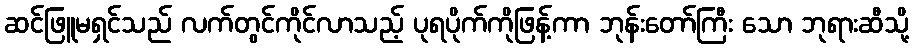
ဆင်ဖြူမရှင်သည် လက်တွင်ကိုင်လာသည့် ပုရပိုက်ကိုဖြန့်ကာ ဘုန်းတော်ကြီး သော ဘုရားဆီသို့